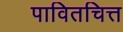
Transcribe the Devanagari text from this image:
पावितचित्त